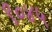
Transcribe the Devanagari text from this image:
९०४५